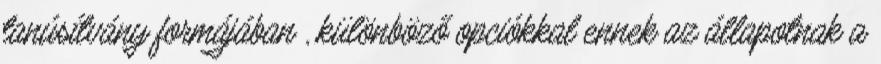
tanúsítvány formájában , különböző opciókkal ennek az állapotnak a